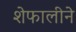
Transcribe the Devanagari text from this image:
शेफालीने